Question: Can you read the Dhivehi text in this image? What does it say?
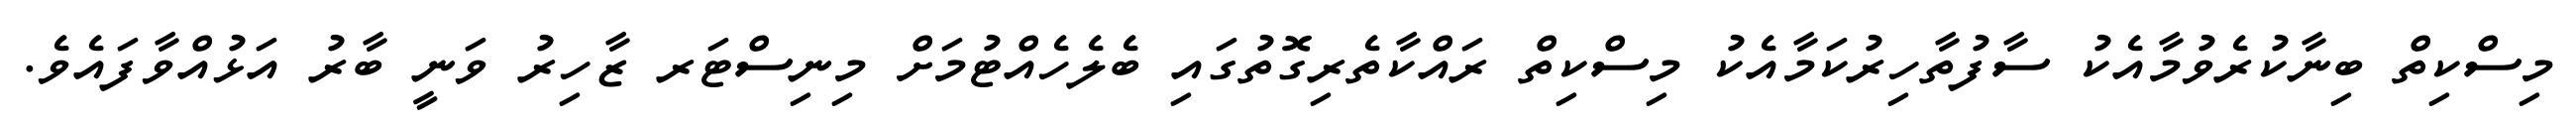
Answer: މިސްކިތް ބިނާކުރެވުމާއެކު ސާފުތާހިރުކަމާއެކު މިސްކިތް ރައްކާތެރިގޮތުގައި ބެލެހެއްޓުމަށް މިނިސްޓަރ ޒާހިރު ވަނީ ބާރު އަޅުއްވާފައެވެ.